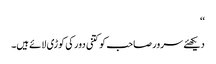
‘‘
دیکھئے سرور صاحب کو کتنی دور کی کوڑی لائے ہیں۔